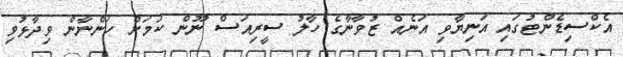
އެކްސިޑެންޓުގައި އަނިޔާވި އަނެއް ޒުވާނާގެ ހާލު ސީރިއަސް ނޫން ކަމަށް ހަންނާން ވިދާޅުވި